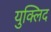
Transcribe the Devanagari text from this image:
युक्लिद